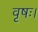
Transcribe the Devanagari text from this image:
वृषः।